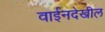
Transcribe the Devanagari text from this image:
वाईनदेखील